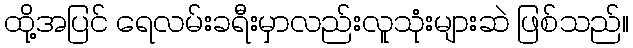
ထို့အပြင် ရေလမ်းခရီးမှာလည်းလူသုံးများဆဲ ဖြစ်သည်။